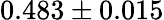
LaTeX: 0.483\pm 0.015